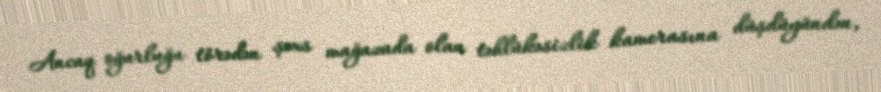
Ancaq oğurluğu törədən şəxs mağazada olan təhlükəsizlik kamerasına düşdüyündən,